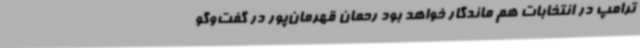
ترامپ در انتخابات هم ماندگار خواهد بود رحمان قهرمان‌پور در گفت‌وگو